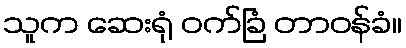
သူက ဆေးရုံ ဝက်ခြံ တာဝန်ခံ။